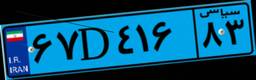
۶۷D۴۱۶۸۳